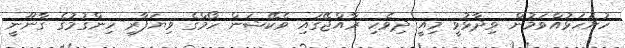
ހުށަހަޅުއްވަމުން ވިދާޅުވީ މިއީ ދިވެހި ރާއްޖޭގައި ވެކޭޝަން ހޯމްގެ ވިޔަފާރި ހިންގުމުގެ ގާނޫނީ